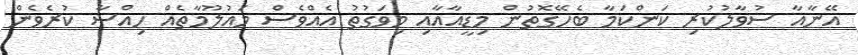
އޭނާއާ ސުވާލުކުރި ކަންކަމާ ބެހޭގޮތުން މިޑީއާއާއި މިވަގުތު އެއްވެސް މައުލޫމާތެއް ހިއްސާ ކުރެވެން